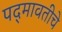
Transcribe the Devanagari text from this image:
पद्‍मावतीचे